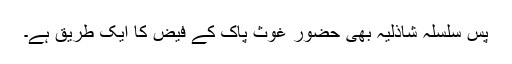
پس سلسلہ شاذلیہ بھی حضور غوث پاک کے فیض کا ایک طریق ہے۔